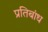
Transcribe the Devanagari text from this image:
प्रतिबांध